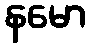
နမော